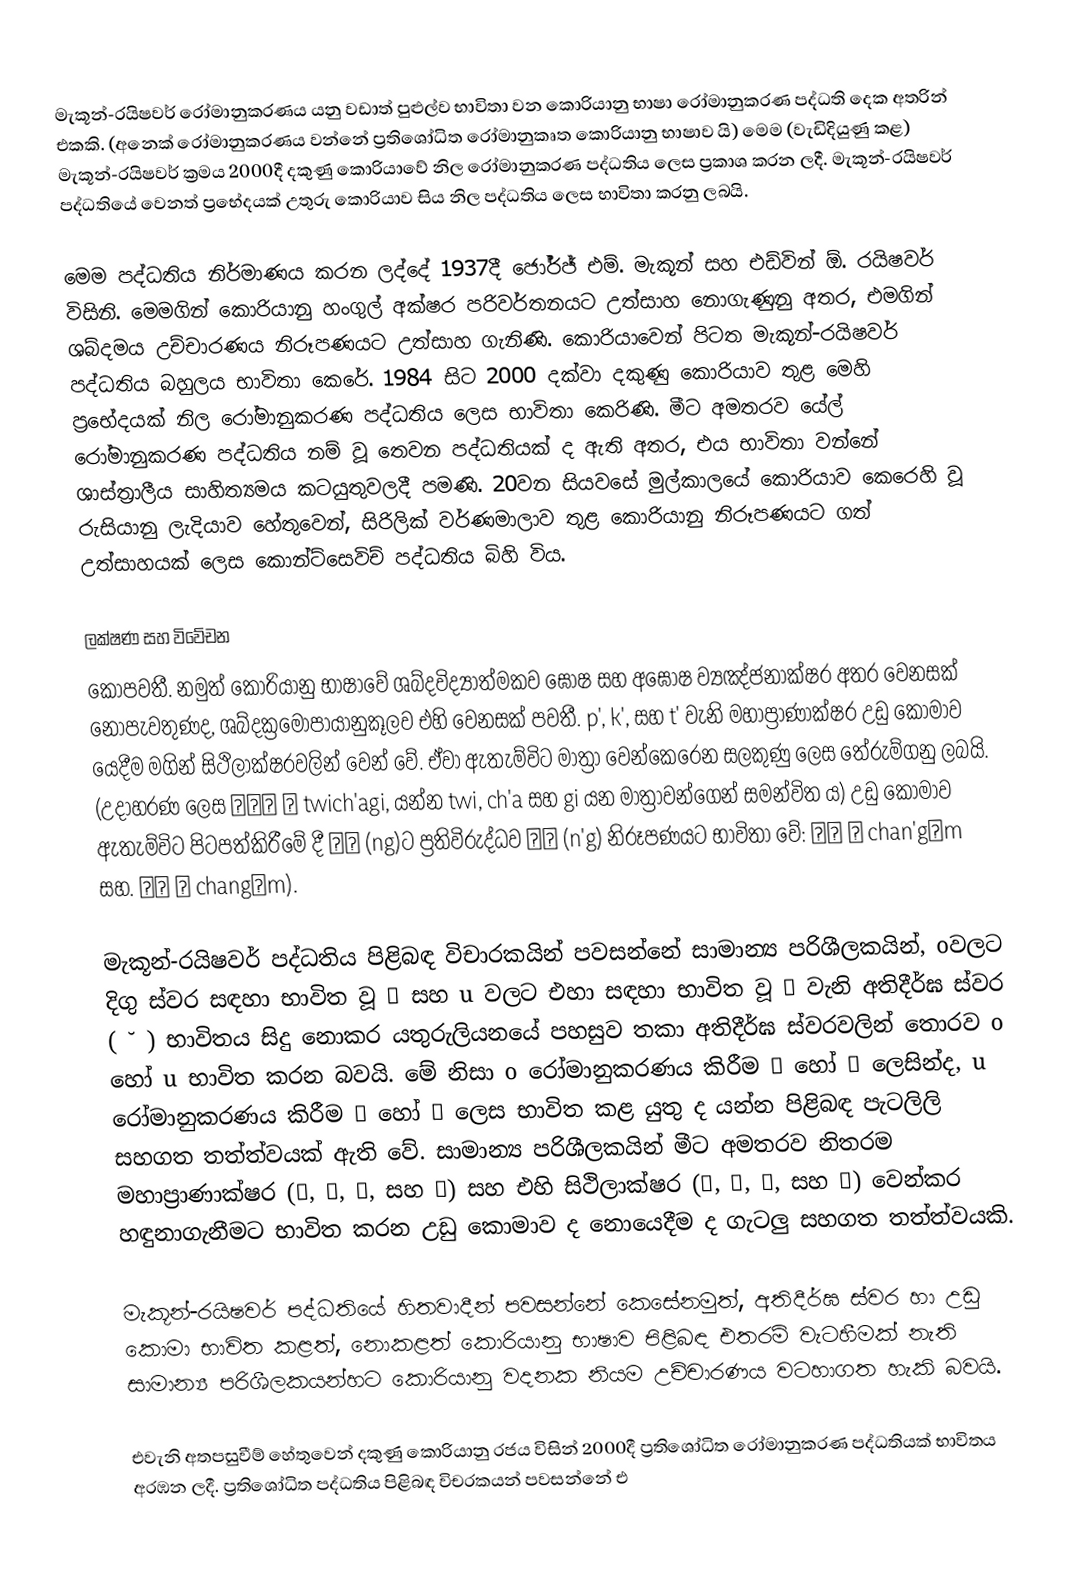
මැකූන්-රයිෂවර් රෝමානුකරණය  යනු වඩාත් පුළුල්ව භාවිතා වන කොරියානු භාෂා රෝමානුකරණ පද්ධති දෙක අතරින් එකකි. (අනෙක් රෝමානුකරණය වන්නේ ප්‍රතිශෝධිත රෝමානුකෘත කොරියානු භාෂාව යි) මෙම (වැඩිදියුණු කළ) මැකූන්-රයිෂවර් ක්‍රමය 2000දී දකුණු කොරියාවේ නිල රෝමානුකරණ පද්ධතිය ලෙස ප්‍රකාශ කරන ලදී. මැකූන්-රයිෂවර් පද්ධතියේ වෙනත් ප්‍රභේදයක් උතුරු කොරියාව සිය නිල පද්ධතිය ලෙස භාවිතා කරනු ලබයි.

මෙම පද්ධතිය නිර්මාණය කරන ලද්දේ 1937දී ජෝර්ජ් එම්. මැකූන් සහ එඩ්වින් ඕ. රයිෂවර් විසිනි. මෙමගින් කොරියානු හංගුල් අක්ෂර පරිවර්තනයට උත්සාහ නොගැණුනු අතර, එමගින් ශබ්දමය උච්චාරණය නිරූපණයට උත්සාහ ගැනිණි. කොරියාවෙන් පිටත මැකූන්-රයිෂවර් පද්ධතිය බහුලය භාවිතා කෙරේ. 1984 සිට 2000 දක්වා දකුණු කොරියාව තුළ මෙහි ප්‍රභේදයක් නිල රෝමානුකරණ පද්ධතිය ලෙස භාවිතා කෙරිණි. මීට අමතරව යේල් රෝමානුකරණ පද්ධතිය නම් වූ තෙවන පද්ධතියක් ද ඇති අතර, එය භාවිතා වන්නේ ශාස්ත්‍රාලීය සාහිත්‍යමය කටයුතුවලදී පමණි. 20වන සියවසේ මුල්කාලයේ කොරියාව කෙරෙහි වූ රුසියානු ලැදියාව හේතුවෙන්, සිරිලික් වර්ණමාලාව තුළ කොරියානු නිරූපණයට ගත් උත්සාහයක් ලෙස කොන්ට්සෙවිච් පද්ධතිය බිහි විය.

ලක්ෂණ සහ විවේචන
කොපවතී. නමුත් කොරියානු භාෂාවේ ශබ්දවිද්‍යාත්මකව ඝෝෂ සහ අඝෝෂ ව්‍යඤ්ජනාක්ෂර අතර වෙනසක් නොපැවතුණද, ශබ්දක්‍රමෝපායානුකූලව එහි වෙනසක් පවතී. p', k', සහ t' වැනි මහාප්‍රාණාක්ෂර උඩු කොමාව යෙදීම මගින් සිථිලාක්ෂරවලින් වෙන් වේ. ඒවා ඇතැම්විට මාත්‍රා වෙන්කෙරෙන සලකුණු ලෙස තේරුම්ගනු ලබයි. (උදාහරණ ලෙස 뒤차기 → twich'agi, යන්න twi, ch'a සහ gi යන මාත්‍රාවන්ගෙන් සමන්විත ය) උඩු කොමාව ඇතැම්විට පිටපත්කිරීමේ දී ㅇㅇ (ng)ට ප්‍රතිවිරුද්ධව ㄴㄱ (n'g) නිරූපණයට භාවිතා වේ: 잔금 → chan'gŭm සහ. 장음 → changŭm).

මැකූන්-රයිෂවර් පද්ධතිය පිළිබඳ විචාරකයින් පවසන්නේ සාමාන්‍ය පරිශීලකයින්, oවලට දිගු ස්වර සඳහා භාවිත වූ 어 සහ u වලට එහා සඳහා භාවිත වූ 으 වැනි අතිදීර්ඝ ස්වර ( ˘ ) භාවිතය සිදු නොකර යතුරුලියනයේ පහසුව තකා අතිදීර්ඝ ස්වරවලින් තොරව o හෝ u භාවිත කරන බවයි. මේ නිසා o රෝමානුකරණය කිරීම 오 හෝ 어 ලෙසින්ද, u රෝමානුකරණය කිරීම 우 හෝ 으 ලෙස භාවිත කළ යුතු ද යන්න පිළිබඳ පැටලිලි සහගත තත්ත්වයක් ඇති වේ. සාමාන්‍ය පරිශීලකයින් මීට අමතරව නිතරම මහාප්‍රාණාක්ෂර (ㅋ, ㅌ, ㅍ, සහ ㅊ) සහ එහි සිථිලාක්ෂර (ㄱ, ㄷ, ㅂ, සහ ㅈ) වෙන්කර හඳුනාගැනීමට භාවිත කරන උඩු කොමාව ද නොයෙදීම ද ගැටලු සහගත තත්ත්වයකි.

මැකූන්-රයිෂවර් පද්ධතියේ හිතවාදීන් පවසන්නේ කෙසේනමුත්, අතිදීර්ඝ ස්වර හා උඩු කොමා භාවිත කළත්, නොකළත් කොරියානු භාෂාව පිළිබඳ එතරම් වැටහීමක් නැති සාමාන්‍ය පරිශීලකයන්හට කොරියානු වදනක නියම උච්චාරණය වටහාගත හැකි බවයි.

එවැනි අතපසුවීම් හේතුවෙන් දකුණු කොරියානු රජය විසින් 2000දී ප්‍රතිශෝධිත රෝමානුකරණ පද්ධතියක් භාවිතය අරඹන ලදී. ප්‍රතිශෝධිත පද්ධතිය පිළිබඳ විචරකයන් පවසන්නේ එ